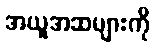
အယူအဆများကို